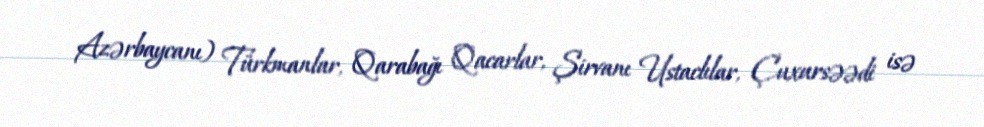
Azərbaycanı) Türkmanlar, Qarabağı Qacarlar, Şirvanı Ustaclılar, Çuxursəədi isə